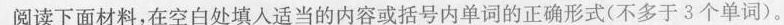
阅读下面材料,在空白处填人适当的内容或括号内单词的正确形式(不多于 3 个单词)。